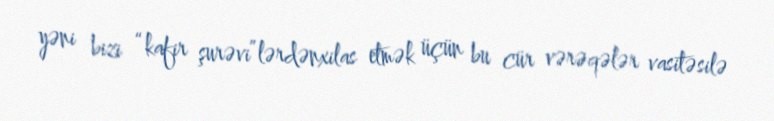
yəni bizi “kafir şurəvi”lərdənxilas etmək üçün bu cür vərəqələr vasitəsilə